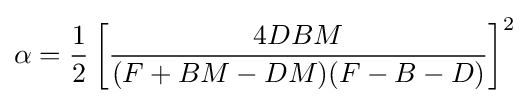
\alpha ={\frac {1}{2}}\left[{\frac {4DBM}{(F+BM-DM)(F-B-D)}}\right]^{2}